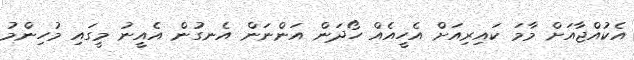
އެކުއްޖާއަށް މާމަ ކައިރިއަށް އެހީއެއް ހޯދަން އަންނަން އެނގުން އެއީނު މީގައި މުހިންމު